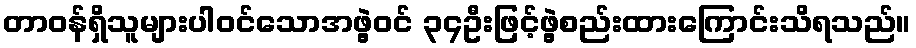
တာဝန်ရှိသူများပါဝင်သောအဖွဲ့ဝင် ၃၄ဦးဖြင့်ဖွဲ့စည်းထားကြောင်းသိရသည်။